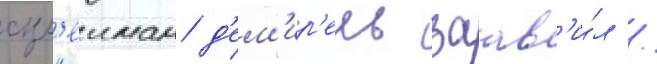
сул'еиман д'ем'ир'ель заав'и́л /